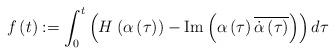
LaTeX: \begin{align*}f\left( t\right) :=\int_{0}^{t}\left( H^{}\left( \alpha\left(\tau\right) \right) -\operatorname{Im}\left( \alpha\left( \tau\right)\overline{\dot{\alpha}\left( \tau\right) }\right) \right) d\tau\end{align*}